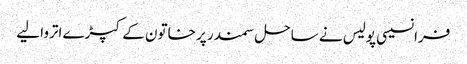
فرانسیسی پولیس نے ساحل سمندر پر خاتون کے کپڑے اتروا لیے